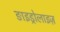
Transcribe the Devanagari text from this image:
ङाइड्रोलाइज़